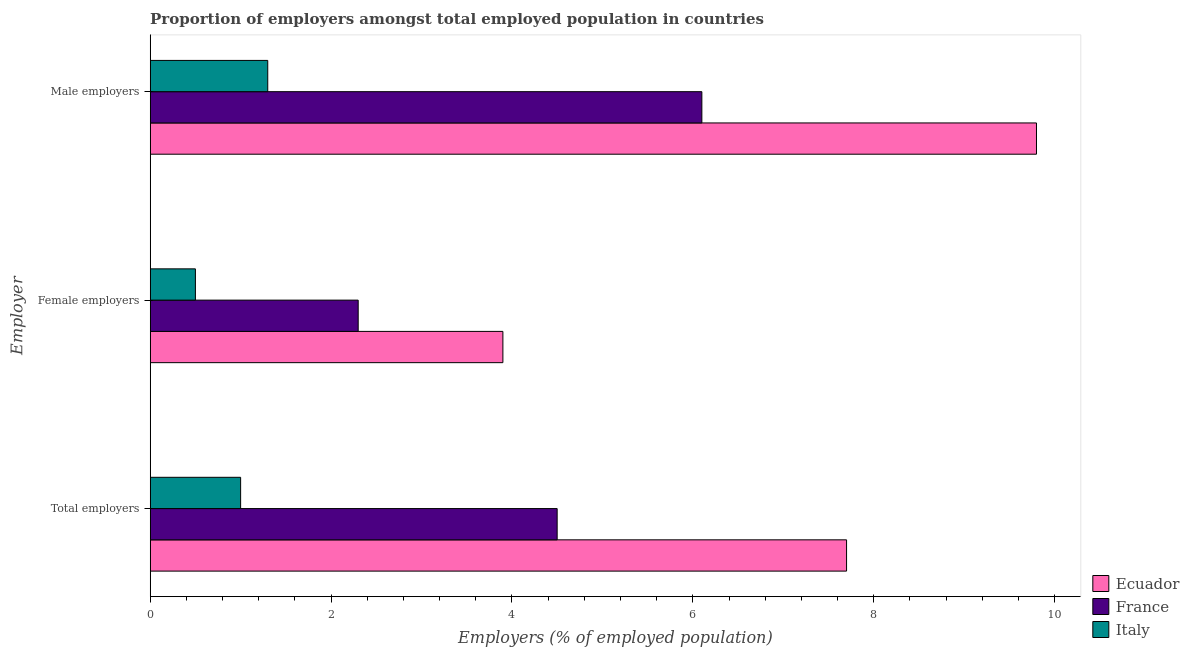
| Employer | Ecuador | France | Italy |
 | --- | --- | --- | --- |
 | Total employers | 7.7 | 4.5 | 1 |
 | Female employers | 3.9 | 2.3 | 0.5 |
 | Male employers | 9.8 | 6.1 | 1.3 |